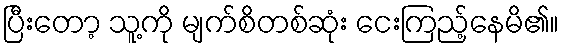
ပြီးတော့ သူ့ကို မျက်စိတစ်ဆုံး ငေးကြည့်နေမိ၏။